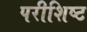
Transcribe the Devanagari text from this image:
परीशिष्ट